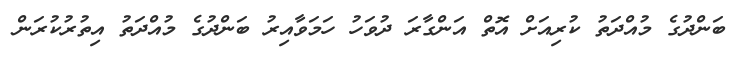
ބަންދުގެ މުއްދަތު ކުރިއަށް އޮތް އަންގާރަ ދުވަހު ހަމަވާއިރު ބަންދުގެ މުއްދަތު އިތުރުކުރަން